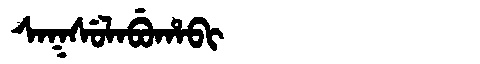
Manchu: ᠰᠠᡴᠰᡠᠯᠠᠪᡠᡥᠠᠪᡳ
Romanization: SAKSULABUHABI